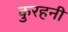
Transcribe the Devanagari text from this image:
कुरहनी